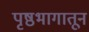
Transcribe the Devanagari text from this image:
पृष्ठभागातून